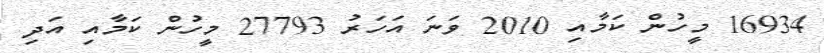
16934 މީހުން ކަމާއި 2010 ވަނަ އަހަރު 27793 މީހުން ކަމާއި އަދި